Scottish assistants in French and Prussian schools and colleges, 1912
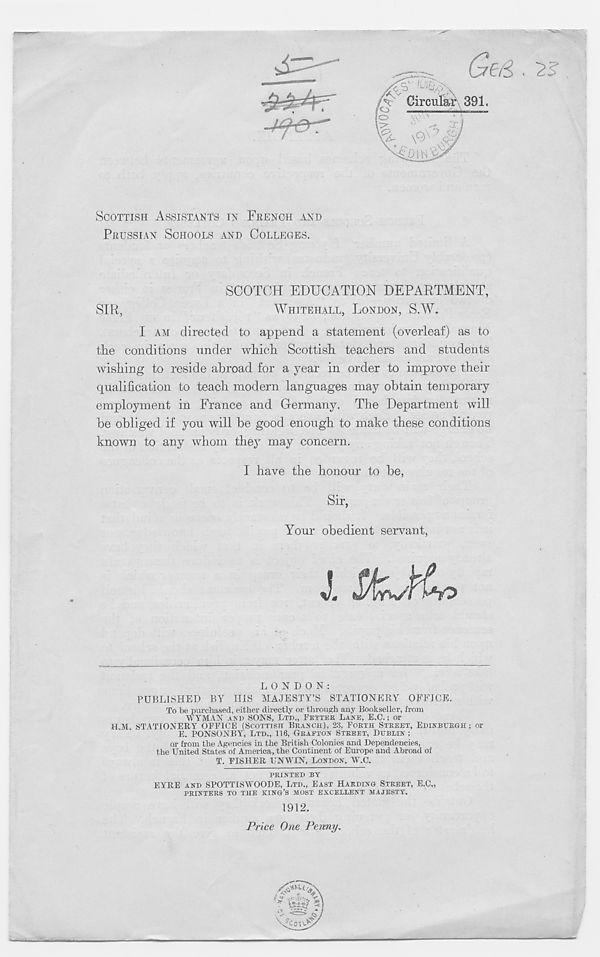
SCOTTISH ASSISTANTS IN FRENCH AND
PRUSSIAN SCHOOLS AND COLLEGES.
SCOTCH EDUCATION DEPARTMENT,
SIR,
WHITEHALL, LONDON, S.W.
I AM directed to append a statement (overleaf) as to
the conditions under which Scottish teachers and students
wishing to reside abroad for a year in order to improve their
qualification to teach modern languages may obtain temporary
employment in France and Germany. The Department will
be obliged if you will be good enough to make these conditions
known to any whom they may concern.
1 have the honour to be,
Sir,
Your obedient servant,
LONDON:
PUBLISHED BY HIS MAJESTY’S STATIONERY OFFICE.
To be purchased, either directly or through any Bookseller, from
WYMAN AND SONS, LTD., FETTER LANE, E.C.; or
HM STATIONERY OFFICE (SCOTTISH BRANCH), 23, FORTH STREET, EDINBURGH; or
E. PONSONBY, LTD,, 116, GRAFTON STREET, DUBLIN ;
or from the Agencies in the British Colonies and Dependencies,
the United States of America, the Continent of Europe and Abroad of
T. FISHER UNWIN, LONDON, W.C.
PRINTED BY
EYRE AND SPOTTISWOODE, LTD., EAST HARDING STREET, E.C.,
PRINTERS TO THE KING’S MOST EXCELLENT MAJESTY.
1912.
Price One Penny.